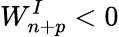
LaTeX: W_{n+p}^{I}<0